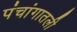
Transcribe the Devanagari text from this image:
पंचांगातली